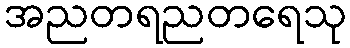
အညတရညတရေသု